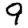
Digit: 9